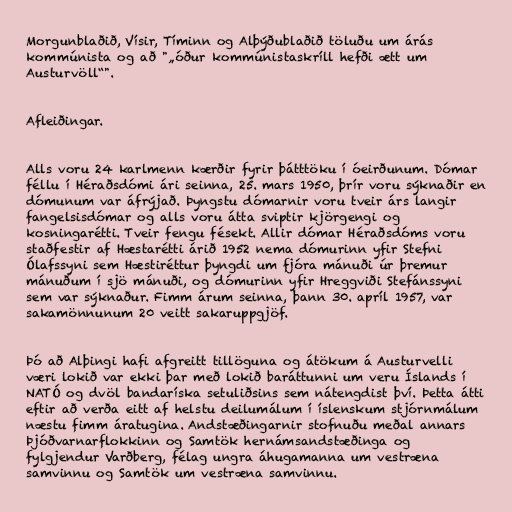
Morgunblaðið, Vísir, Tíminn og Alþýðublaðið töluðu um árás
kommúnista og að "„óður kommúnistaskríll hefði ætt um
Austurvöll“".

Afleiðingar.

Alls voru 24 karlmenn kærðir fyrir þátttöku í óeirðunum. Dómar
féllu í Héraðsdómi ári seinna, 25. mars 1950, þrír voru sýknaðir en
dómunum var áfrýjað. Þyngstu dómarnir voru tveir árs langir
fangelsisdómar og alls voru átta sviptir kjörgengi og
kosningarétti. Tveir fengu fésekt. Allir dómar Héraðsdóms voru
staðfestir af Hæstarétti árið 1952 nema dómurinn yfir Stefni
Ólafssyni sem Hæstiréttur þyngdi um fjóra mánuði úr þremur
mánuðum í sjö mánuði, og dómurinn yfir Hreggviði Stefánssyni
sem var sýknaður. Fimm árum seinna, þann 30. apríl 1957, var
sakamönnunum 20 veitt sakaruppgjöf.

Þó að Alþingi hafi afgreitt tillöguna og átökum á Austurvelli
væri lokið var ekki þar með lokið baráttunni um veru Íslands í
NATÓ og dvöl bandaríska setuliðsins sem nátengdist því. Þetta átti
eftir að verða eitt af helstu deilumálum í íslenskum stjórnmálum
næstu fimm áratugina. Andstæðingarnir stofnuðu meðal annars
Þjóðvarnarflokkinn og Samtök hernámsandstæðinga og
fylgjendur Varðberg, félag ungra áhugamanna um vestræna
samvinnu og Samtök um vestræna samvinnu.